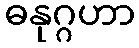
ဓနုဂ္ဂဟာ